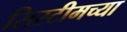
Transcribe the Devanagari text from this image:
सिस्टीमच्या